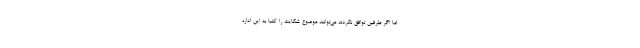
اما اگر طرفین توافق نکردند می‌توانند موضوع شکایت را کتبا به این اداره